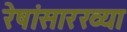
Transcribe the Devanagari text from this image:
रेषांसारख्या